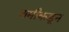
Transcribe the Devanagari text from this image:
शमीकडून